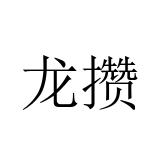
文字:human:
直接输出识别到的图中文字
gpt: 龙攒